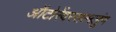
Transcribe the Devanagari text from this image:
ऑटोरेंवरसामलुंग